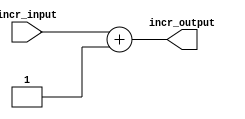
module incrementer(
	input [8:0] incr_input, 
	output reg [8:0] incr_output
);
	always @ (incr_output, incr_input) 
	begin
		incr_output <= incr_input + 9'b000000001;
	end
	
endmodule